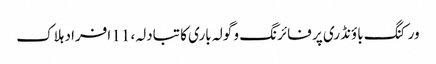
ورکنگ باؤنڈری پر فائرنگ و گولہ باری کا تبادلہ، 11 افراد ہلاک